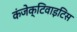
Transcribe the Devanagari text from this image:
कंजेक्टिवाइटिस